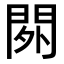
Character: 𨳿